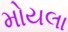
મોયલા